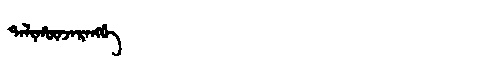
Manchu: ᡨᠠᠯᡳᡥᡡᠨᠵᠠᡵᠠᠩᡤᡝ
Romanization: TALIHŪNJARANGGE